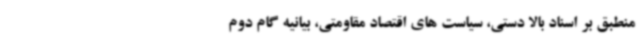
منطبق بر اسناد بالا دستی، سیاست های اقتصاد مقاومتی، بیانیه گام دوم